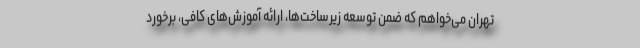
تهران می‌خواهم که ضمن توسعه زیرساخت‌ها، ارائه آموزش‌های کافی، برخورد